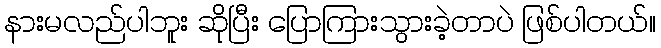
နားမလည်ပါဘူး ဆိုပြီး ပြောကြားသွားခဲ့တာပဲ ဖြစ်ပါတယ်။